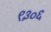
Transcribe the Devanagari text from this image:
९३०६